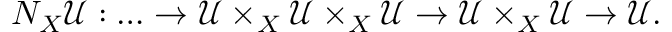
N _ { X } { \mathcal { U } } : \dots \to { \mathcal { U } } \times _ { X } { \mathcal { U } } \times _ { X } { \mathcal { U } } \to { \mathcal { U } } \times _ { X } { \mathcal { U } } \to { \mathcal { U } } .